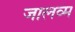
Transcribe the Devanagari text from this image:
जालव्म